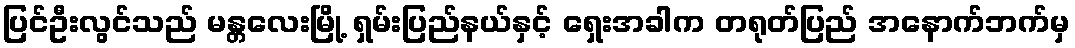
ပြင်ဦးလွင်သည် မန္တလေးမြို့ ရှမ်းပြည်နယ်နှင့် ရှေးအခါက တရုတ်ပြည် အနောက်ဘက်မှ